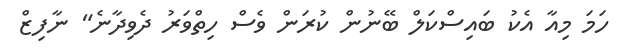
ހަމަ މިއާ އެކު ބައިސްކަލް ބޭނުން ކުރަން ވެސް ހިތްވަރު ދެވިދާނެ" ނާފިޒް